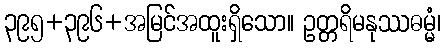
၃၉၅+၃၉၆+အမြင်အထူးရှိသော။ ဥတ္တရိမနုဿဓမ္မံ၊